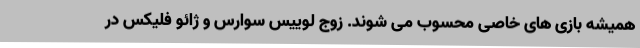
همیشه بازی های خاصی محسوب می شوند. زوج لوییس سوارس و ژائو فلیکس در